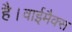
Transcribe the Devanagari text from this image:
है।वाईमैक्स